King Institute of Preventive Medicine Micro-Biological Section reports 1909-11
Year: 1909
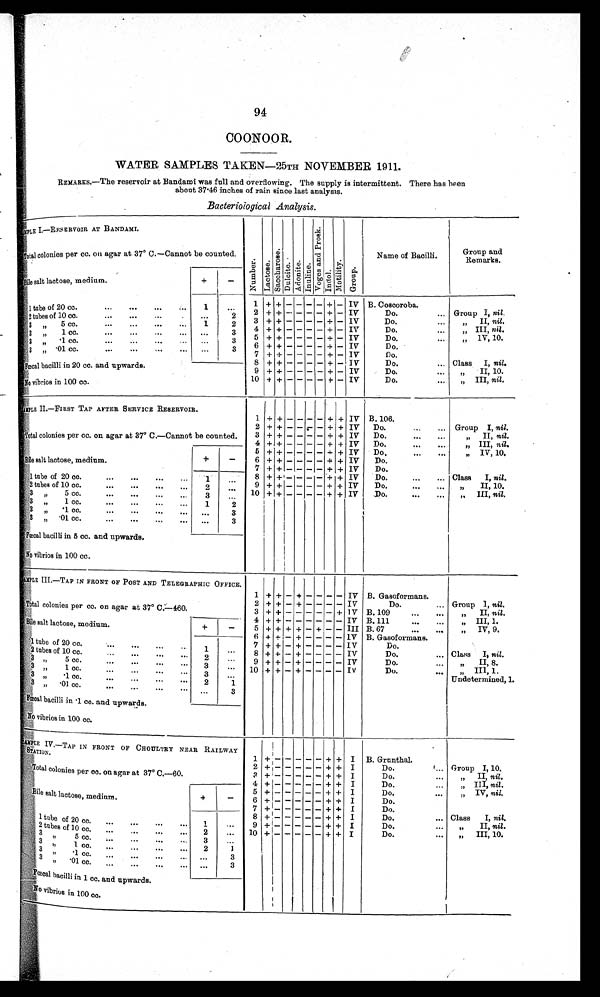
94
COONOOR.
WATER SAMPLES TAKEN—25TH NOVEMBER 1911.
REMARES .—The reservoir at Bandami was full and overflowing. The supply is intermittent. There has been
about 37.46 inches of rain since last analysis.
Bacteriological Analysis.
SAMPLE I.—RESERVOIR AT BANDAMI.
N u m b e r .
L a c t o s e .
S a c c h a r o s e .
D u l c i t e .
A d o n i t e . I n u l i n e .
V o g e s a n d P r o s k .
I n d o l .
M o t i l i t y .
G r o u p .
Name of Bacilli.
Group and
Remarks.
Total colonies per cc. on agar at 37° C.—Cannot be counted.
Bile salt lactose, medium.
+
—
1 tube of 20 cc.
. . .
1
. . .
1 + +
- - - - + - IV B. Coscoroba.
IV
G r o u p I , n i l .
G
2 + +
- - - - +
- _
D o . . . .
2
. . .
" I I ,n
i l .
2 tubes of 10 cc. . . .
3
-
+
- IV
Do.
+ +
- -
-
1
2
" I I I ,n
i l .
3
"„ 5 cc. . . .
-
- IV
Do.
4 + +
- -
+
-
. . .
3
" 1 V , 1 0 .
3
"
1 cc.
. . .
IV
5
- +
-
D o . . . .
+ +
- -
-
3
. . .
3 " .1 cc. . . .
-
IV
D o . . . .
6
+
-
+
+
- - -
3
. . .
3 „ .01 cc. . . .
Do.
7
+
-
+
IV
+
- -
-
-
Class
I , nil.
-
IV
Do. . . .
8
+ + -
+
-
-
-
Fœcal bacilli in 20 cc. and upwards.
" II, 10.
D o . . . .
+
IV
' 9 +
-
-
-
+
-
-
" I I I ,n
i l .
D o . . . .
10 + +
- -
+ - IV
-
-
No vibrios in 100 cc.
SAMPLE II.—FIRST TAP AFTER SERVICE RESERVOIR.
1
+ +
- - - - +
+ IV B.106.
Total colonies per cc. on agar at 37°C.—Cannot be counted.
Group I, nil.
2 + +
- - _ - - + + IV
Do. . . .
" I I ,
n i l .
3 + +
- - - -
+
+
I V
D o . . . .
„" III, nil.
4
+ +
- - - - + + IV
Do. . . ..
IV , 10.
5
+ +
- - - - - + + IV
Do..
Bile salt lactose, medium.
+
-
6 + +
- - - - + + IV
D o . .
7
+ +
- - - - + + IV
Do.
Class
I, nil.
1 tube of 20 cc. . . .
1
. . .
8 + +
- - - - + + IV
Do. . . .
II, 10.
9 + +
- - - - + + IV
D o . . . .
2
2 tubes of 10 cc. . . .
. . .
III, nil.
10 + +
- - - - + + IV
. D o . . . .
3 " 5 c c . . . .
3
. . . . . . .
3 " 1 cc. . . .
1
2
•
3 " ..1cc..
. . .
3
3 „ •01 cc. . . .
. . .
3
Fœcal bacilli in 5 cc. and upwards.
N o v i b r i o s
i n1
0 0
c c .
SAMPLE III.—TAP IN FRONT OF POST AND TELEGRAPHIC OFFICE.
Total colonies per cc. on agar at 37° C.—460.
1 + + -
+
-
-
-
-
I V B. Gasoformans.
Group I, nil.
IV
Do. . . .
2 + + - +
- - - -
" I I ,
nil.
3 + + -
- - - - + IV B. 109
" III, 1..
IV B. 111
Bile salt lactose, medium.
+
-
4
+ + -
- - - - -
" I V , 9 .
III B. 67
5 + + + +
- +
- -
1 tube of 20 cc. . . .
1
. . .
6 + + - +
- - - - 1V B. Gasoformans.
7 + + - +
- - - - IV
Do. . . .
Class
I,n i l
.
IV
2 t y b e s o f 1 0 c c . . . .
8 + + - +
- - - -
Do. . . .
2
" II, 8.
IV
3 " 5 c c . . . .
.
. . .
9 + + - +
- - - -
Do. . . .
3
,,
III, 1.
IV
3 " 1 c c . . . .
. . .
10 + + - +
- - - -
Do. . . .
3
Undetermined, 1.
3 " . 1 c c . . . .
. . .
2
1
3" .01cc. . . .
3
...
Fœcal bacilli in .1 cc. and upwards.
No vibrios in 100 cc.
SAMPLE IV.—TAP IN FRONT OF CHOUTRY NEAR RAILWAY
S T A T I O N .
1
+ -
- - - - + + I B. Grunthal.
Total colonies per cc . on agar at 37° C.—60.
2 + -
- - - - + +
I
Do. . . .
Group I, 10.
3
+ -
- - - - + +
I
Do. . . .
" I I ,
n i l .
Bile salt lactose, medium.
+
-
4 + -
- - - - + +
I
Do. . . .
" I I I ,
n i l .
5 + -
- * - - + +
I
Do. . . .
" I V , ,
n i l .
6 + -
- - - - + +
I
Do. . . .
7
+ -
- - - - + +
I
Do. . . .
1 tube of 20 cc. . . .
1
. . .
8
+ -
- - - - + +
I
Do. . . .
Class
I, nil.
9 + -
- - - - + + I
Do.. . . . .
" I I , n
i l .
2 tubes of 10 cc. . . .
3
2 . . .
1 0 + -
- - - - + + I
Do.. . .
" I I I , 1 0 . .
3
" 5 cc.
. . .
3
. . .
3 " 1cc. . . .
2
1
3 ".1cc. . . .
. . .
3
3 " . o 1 c c . . . .
. . .
3
Fœcal bacilli in 1 cc. and upwards.
N o vibrios in 100 cc.